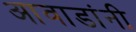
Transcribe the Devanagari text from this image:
आवाडांनी